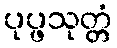
ပုပ္ဖသုတ္တံ